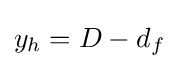
y_{h}=D-d_{f}\,\!